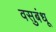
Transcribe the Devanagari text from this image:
वसुबंधू